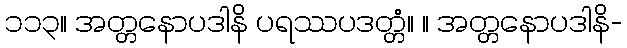
၁၁၃။ အတ္တနောပဒါနိ ပရဿပဒတ္တံ။ ။ အတ္တနောပဒါနိ-